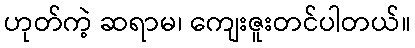
ဟုတ်ကဲ့ ဆရာမ၊ ကျေးဇူးတင်ပါတယ်။